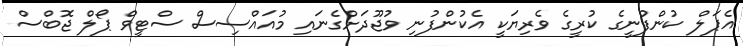
އެޕަލް ކުންފުނީގެ ކުރީގެ ވެރިޔަކީ އެކުންފުނި ވުޖޫދަށްގެނައި މުއައްސިސް ސްޓީވް ޕޯލް ޖޮބްސް